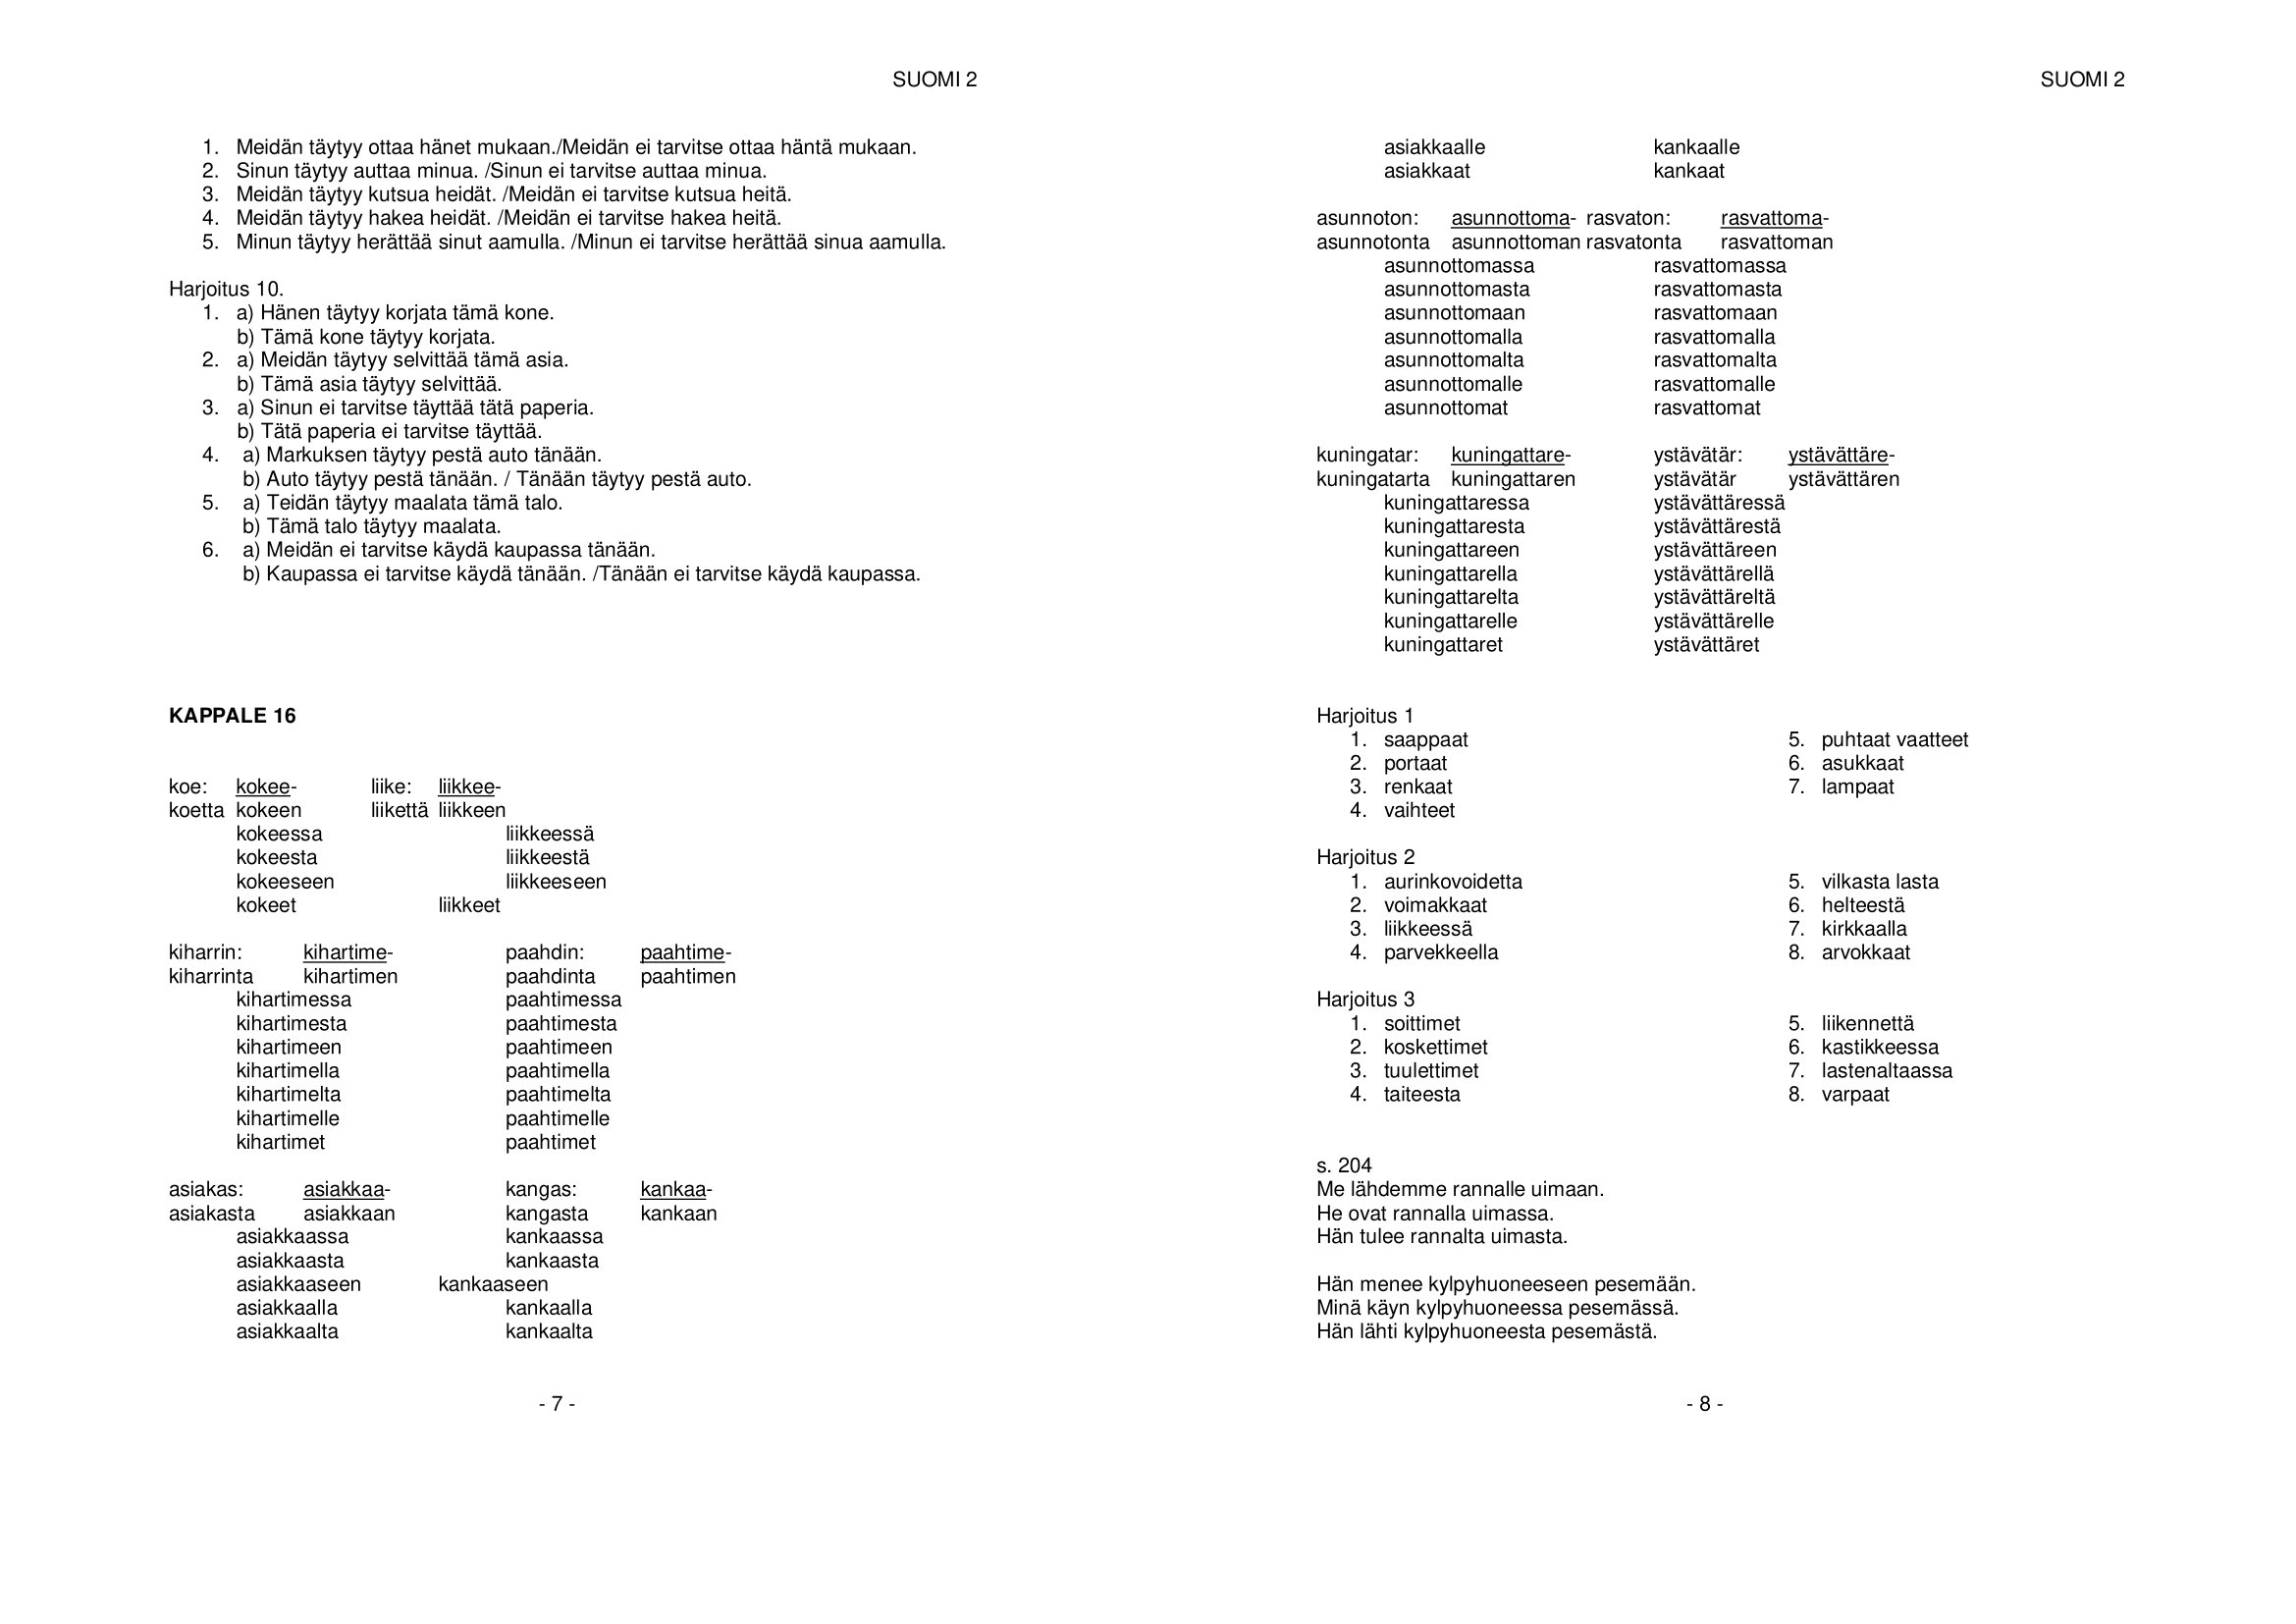
Language: fn